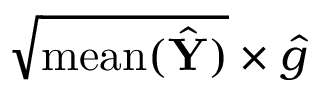
\sqrt { \mathrm { m e a n } ( \hat { \mathbf Y } ) } \times \hat { g }